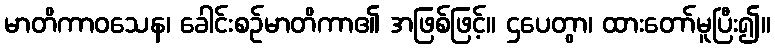
မာတိကာဝသေန၊ ခေါင်းစဉ်မာတိကာ၏ အဖြစ်ဖြင့်။ ဌပေတွာ၊ ထားတော်မူပြီး၍။